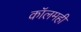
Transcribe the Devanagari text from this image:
कॉलमही